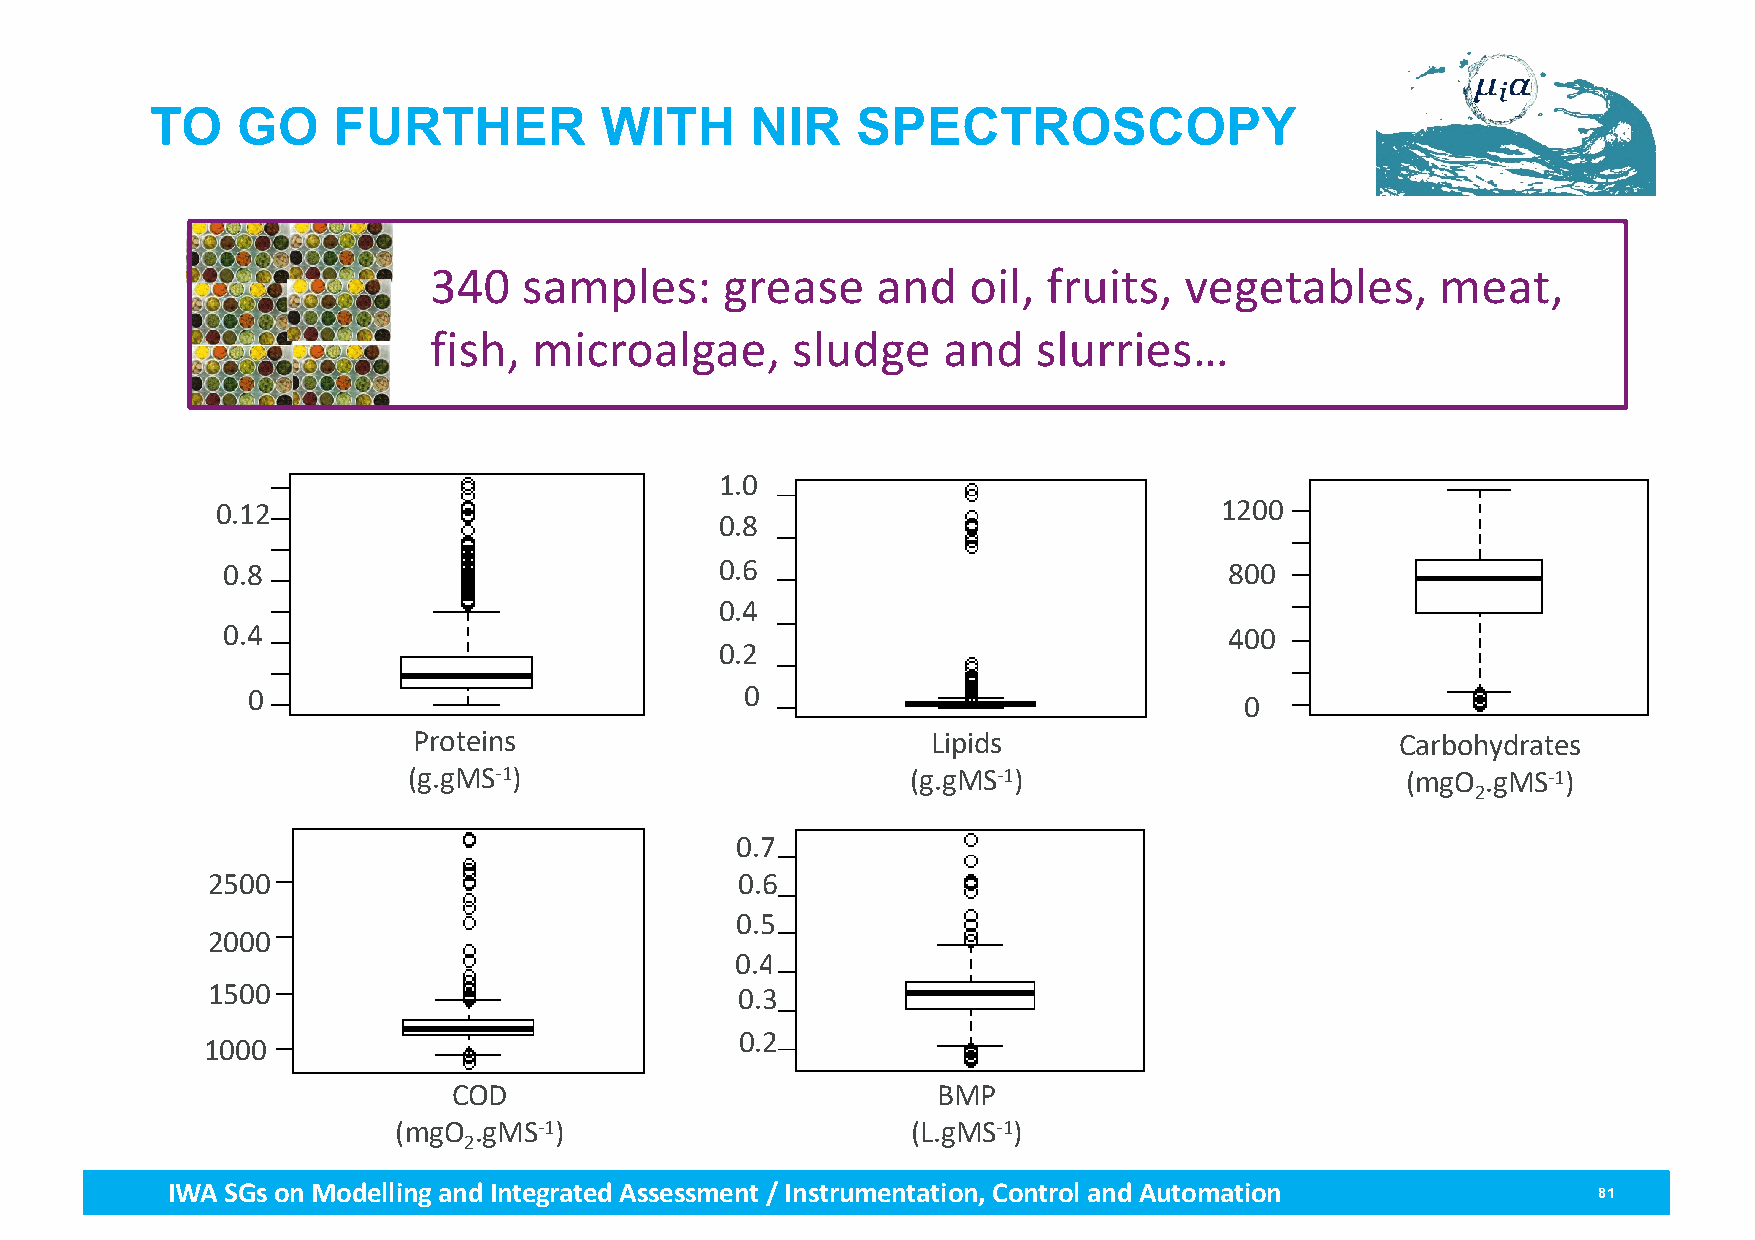
TO    GO    FURTHER           WITH      NIR    SPECTROSCOPY
 9
 340    samples:     grease    and   oil, fruits,  vegetables,      meat,
 fish,  microalgae,      sludge    and    slurries…
 1.0
 0.12                                                               1200
 0.8
 0.8                              0.6                              800
 0.4
 0.4                                                               400
 0.2
 0                                0
 0
 Proteins                           Lipids                         Carbohydrates
 (g.gMS-1)                        (g.gMS-1)                        (mgO .gMS-1)
 2
 0.7
 2500                               0.6
 0.5
 2000
 0.4
 1500                               0.3
 0.2
 1000
 COD                             BMP
 (mgO .gMS-1)                      (L.gMS-1)
 2
 IWA SGs on Modellingand Integrated Assessment / Instrumentation, Control and Automation        81